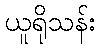
ယူရိုသန်း